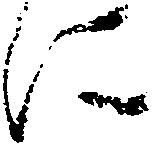
に